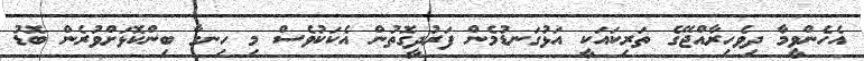
އެހެންވީމާ ދިވެހިރާއްޖޭގެ ތަރިކައަކީ އަޅުގަނޑުމެން ފަރުދީގޮތުން އެކަކުވެސް މި ހިނގާ ބިންކޮޅަށްވުރެން ބޮޑު